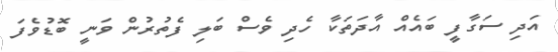
އަދި ސަގާފީ ބައެއް އާދަތަކާ ހެދި ވެސް ބަލި ފެތުރުން ވަނީ ބޮޑުވެފަ